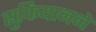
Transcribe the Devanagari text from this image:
सुफियानने